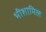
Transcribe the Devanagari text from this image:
भीशामिल